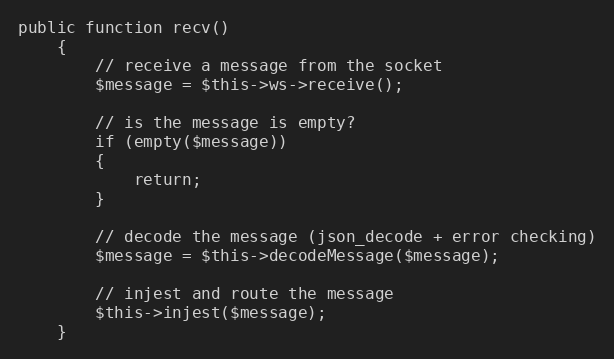
Language: PHP
public function recv()
	{
		// receive a message from the socket
		$message = $this->ws->receive();

		// is the message is empty?
		if (empty($message))
		{
			return;
		}

		// decode the message (json_decode + error checking)
		$message = $this->decodeMessage($message);

		// injest and route the message
		$this->injest($message);
	}